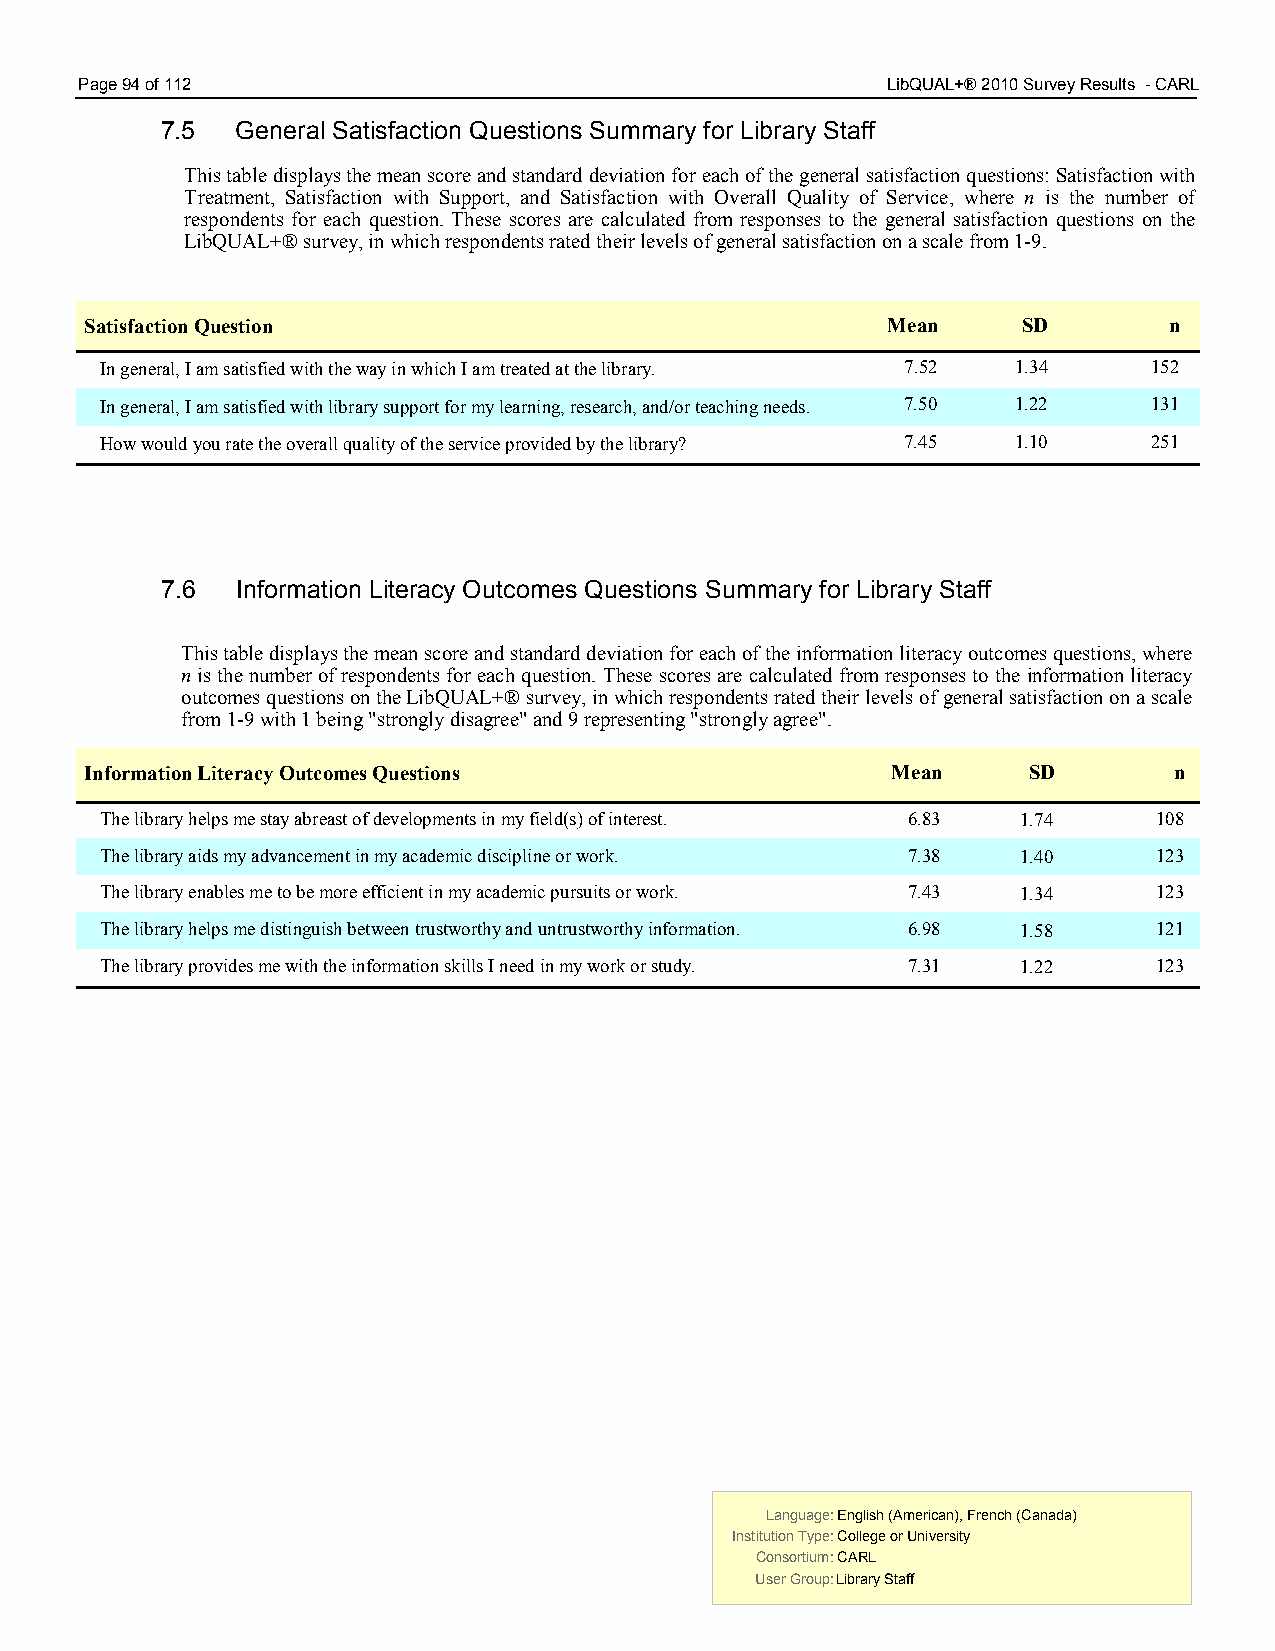
Page 94 of 112                                        LibQUAL+® 2010 Survey Results - CARL
 7.5  General Satisfaction Questions Summary for Library Staff
 This table displays the mean score and standard deviation for each of the general satisfaction questions: Satisfaction with
 Treatment, Satisfaction with Support, and Satisfaction with Overall Quality of Service, where n is the number of
 respondents for each question. These scores are calculated from responses to the general satisfaction questions on the
 LibQUAL+® survey, in which respondents rated their levels of general satisfaction on a scale from 1-9.
 Satisfaction Question                                Mean     SD       n
 In general, I am satisfied with the way in which I am treated at the library. 7.52 1.34 152
 In general, I am satisfied with library support for my learning, research, and/or teaching needs. 7.50 1.22 131
 How would you rate the overall quality of the service provided by the library? 7.45 1.10 251
 7.6  Information Literacy Outcomes Questions Summary for Library Staff
 This table displays the mean score and standard deviation for each of the information literacy outcomes questions, where
 n is the number of respondents for each question. These scores are calculated from responses to the information literacy
 outcomes questions on the LibQUAL+® survey, in which respondents rated their levels of general satisfaction on a scale
 from 1-9 with 1 being "strongly disagree" and 9 representing "strongly agree".
 Information Literacy Outcomes Questions              Mean     SD        n
 The library helps me stay abreast of developments in my field(s) of interest. 6.83 1.74 108
 The library aids my advancement in my academic discipline or work. 7.38 1.40 123
 The library enables me to be more efficient in my academic pursuits or work. 7.43 1.34 123
 The library helps me distinguish between trustworthy and untrustworthy information. 6.98 1.58 121
 The library provides me with the information skills I need in my work or study. 7.31 1.22 123
 Language: English (American), French (Canada) Language: English (American), French (Canada)
 Institution Type: College or University  Institution Type: College or University
 Consortium: CARL                         Consortium: CARL
 User Group: Library Staff                User Group: Library Staff